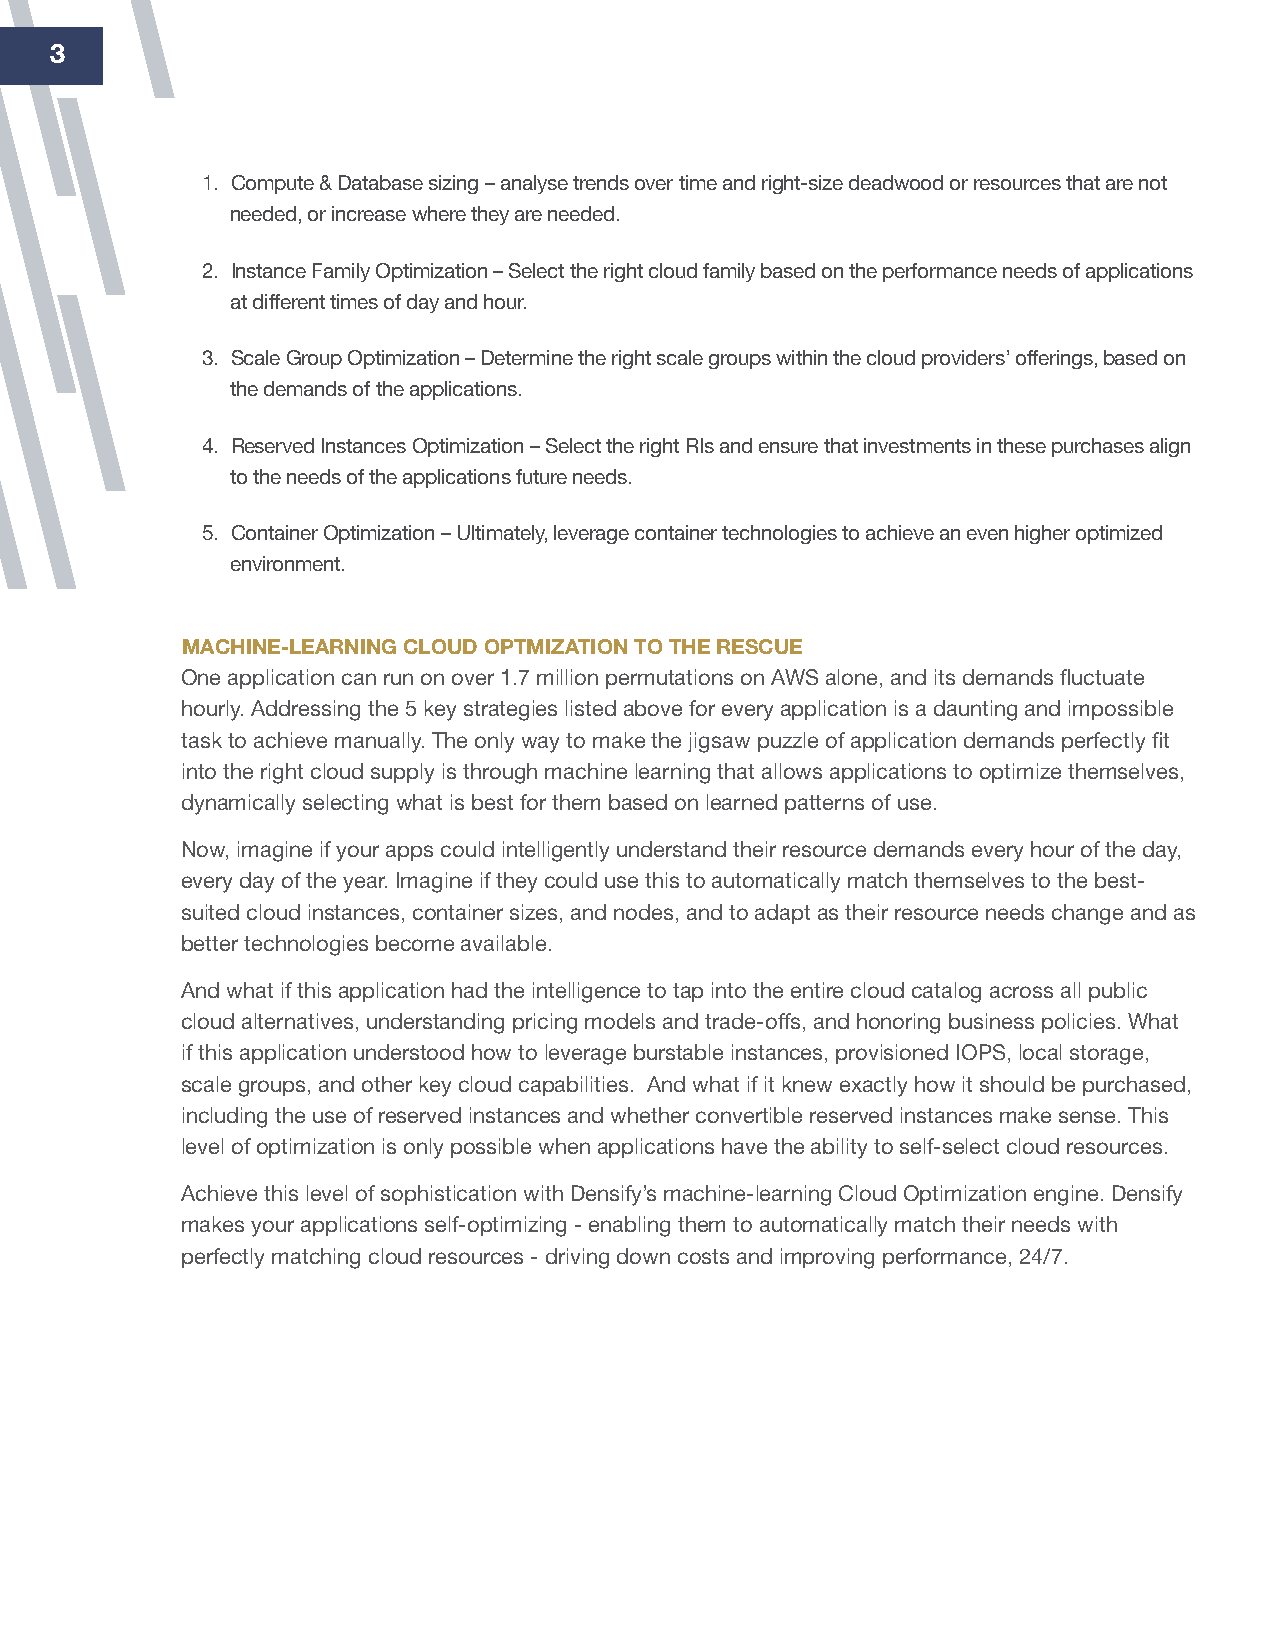
33
 1. Compute & Database sizing – analyse trends over time and right-size deadwood or resources that are not
 needed, or increase where they are needed.
 2. Instance Family Optimization – Select the right cloud family based on the performance needs of applications
 at different times of day and hour.
 3. Scale Group Optimization – Determine the right scale groups within the cloud providers’ offerings, based on
 the demands of the applications.
 4. Reserved Instances Optimization – Select the right RIs and ensure that investments in these purchases align
 to the needs of the applications future needs.
 5. Container Optimization – Ultimately, leverage container technologies to achieve an even higher optimized
 environment.
 MAChiNe-leArNiNg ClOud OptMizAtiON tO the reSCue
 One application can run on over 1.7 million permutations on AWS alone, and its demands fluctuate
 hourly. Addressing the 5 key strategies listed above for every application is a daunting and impossible
 task to achieve manually. The only way to make the jigsaw puzzle of application demands perfectly fit
 into the right cloud supply is through machine learning that allows applications to optimize themselves,
 dynamically selecting what is best for them based on learned patterns of use.
 Now, imagine if your apps could intelligently understand their resource demands every hour of the day,
 every day of the year. Imagine if they could use this to automatically match themselves to the best-
 suited cloud instances, container sizes, and nodes, and to adapt as their resource needs change and as
 better technologies become available.
 And what if this application had the intelligence to tap into the entire cloud catalog across all public
 cloud alternatives, understanding pricing models and trade-offs, and honoring business policies. What
 if this application understood how to leverage burstable instances, provisioned IOPS, local storage,
 scale groups, and other key cloud capabilities. And what if it knew exactly how it should be purchased,
 including the use of reserved instances and whether convertible reserved instances make sense. This
 level of optimization is only possible when applications have the ability to self-select cloud resources.
 Achieve this level of sophistication with Densify’s machine-learning Cloud Optimization engine. Densify
 makes your applications self-optimizing - enabling them to automatically match their needs with
 perfectly matching cloud resources - driving down costs and improving performance, 24/7.